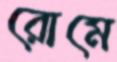
রোমে